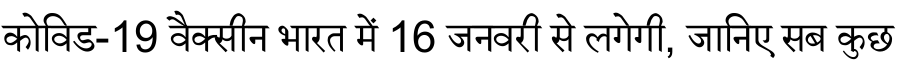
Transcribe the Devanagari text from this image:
कोविड-19 वैक्सीन भारत में 16 जनवरी से लगेगी, जानिए सब कुछ